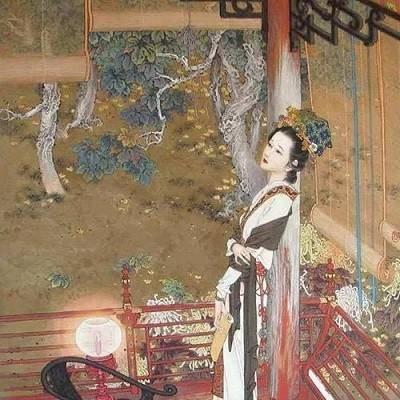
为有云屏无限娇，凤城寒尽怕春宵。